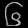
Digit: ၆